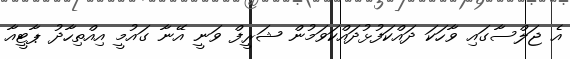
އެ ޖަލްސާގައި ވާހަކަ ދައްކަފުޅުދައްކަވަމުން ޝަރީފް ވަނީ އޭނާ ގައުމީ އިއްތިހާދު ޕާޓީއާ